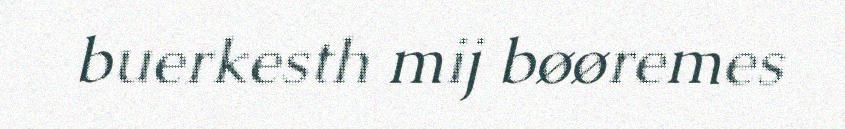
buerkesth mij bøøremes